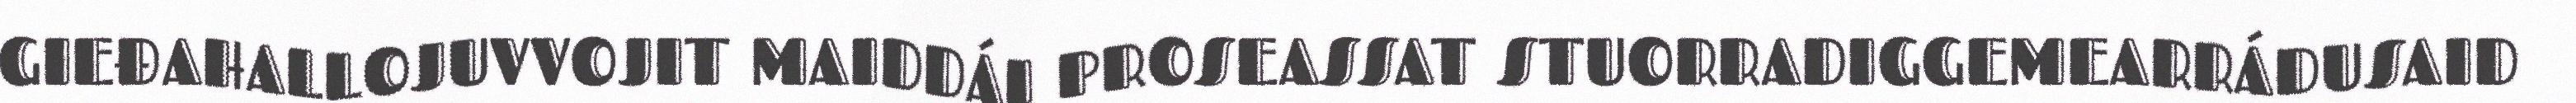
GIEĐAHALLOJUVVOJIT MAIDDÁI PROSEASSAT STUORRADIGGEMEARRÁDUSAID